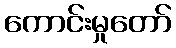
ကောင်းမှုတော်